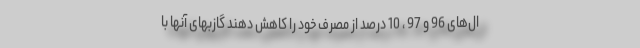
ال‌های 96 و 97 ، 10 درصد از مصرف خود را کاهش دهند گازبهای آنها با